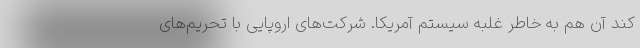
کند آن هم به خاطر غلبه سیستم آمریکا. شرکت‌های اروپایی با تحریم‌های